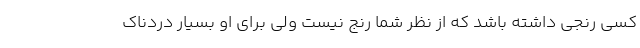
کسی رنجی داشته باشد که از نظر شما رنج نیست ولی برای او بسیار دردناک